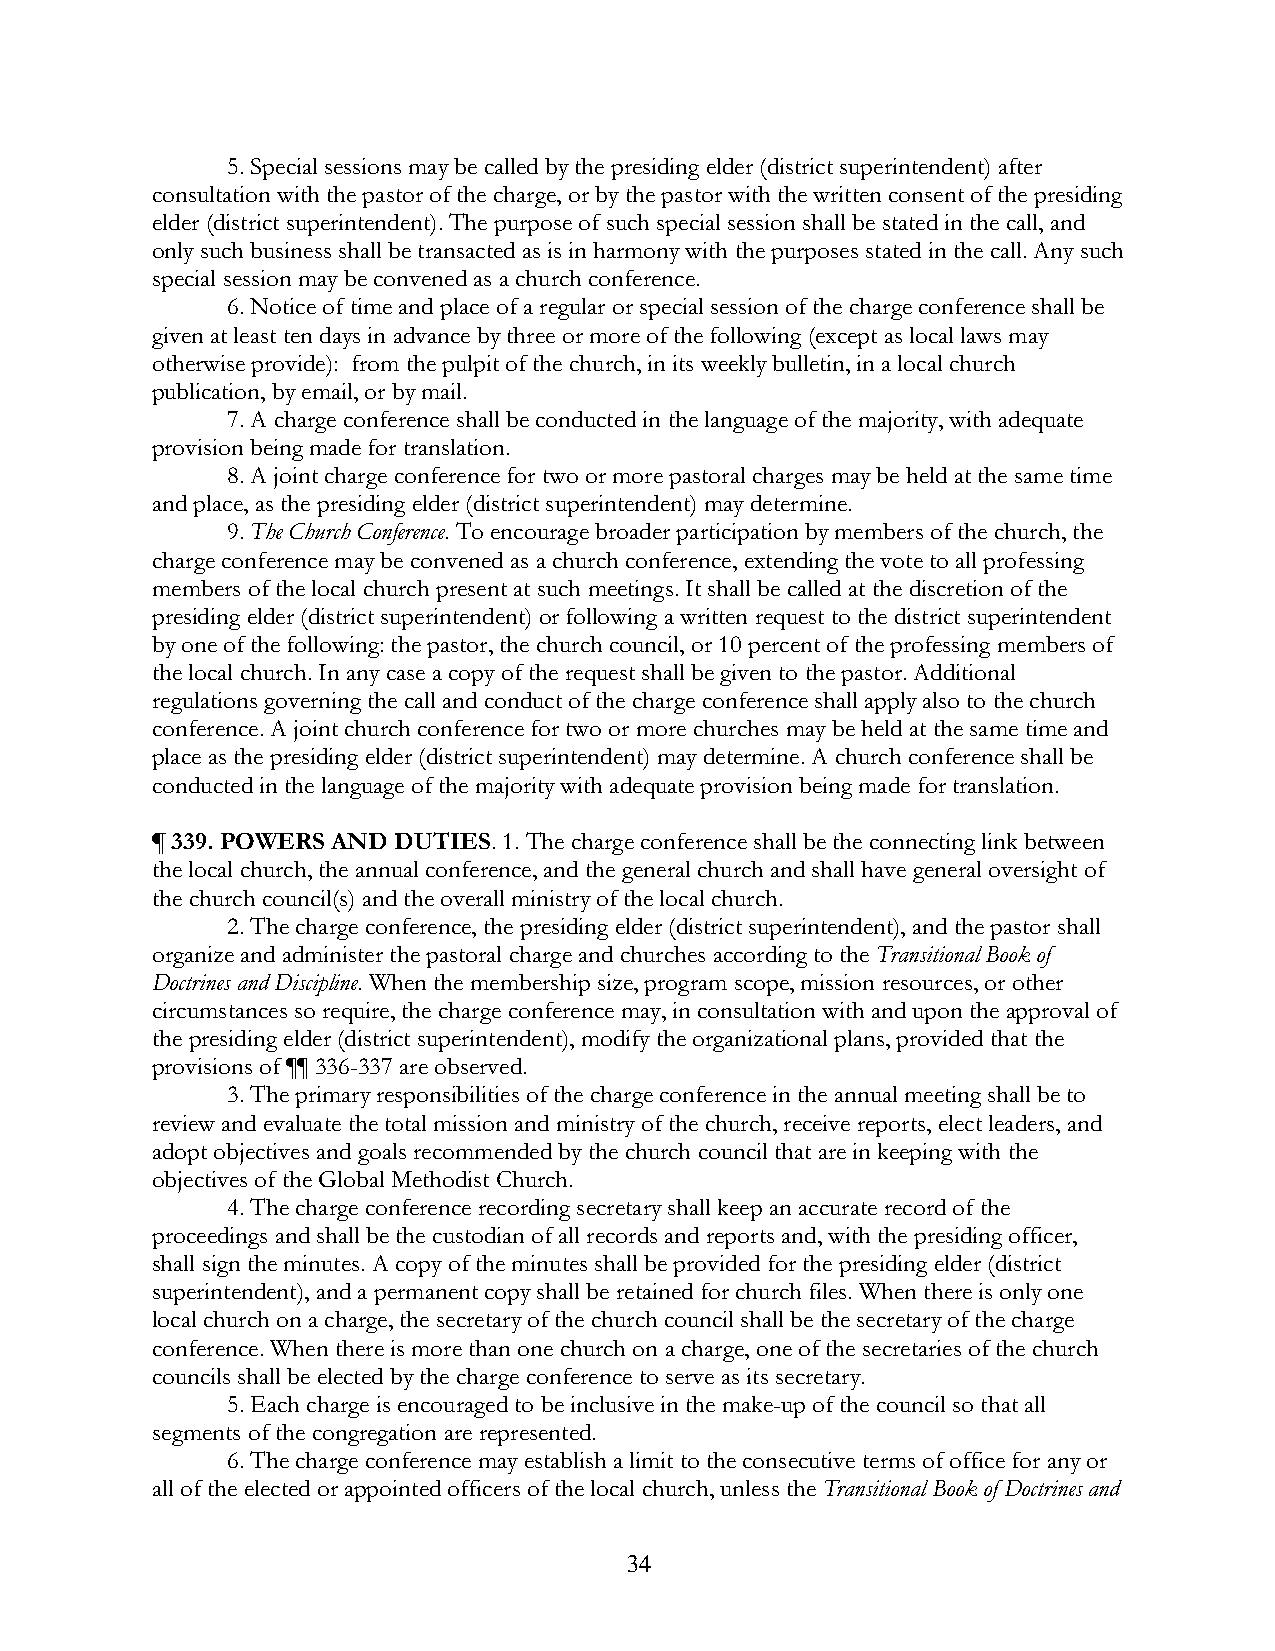
5. Special sessions may be called by the presiding elder (district superintendent) after
 consultation with the pastor of the charge, or by the pastor with the written consent of the presiding
 elder (district superintendent). The purpose of such special session shall be stated in the call, and
 only such business shall be transacted as is in harmony with the purposes stated in the call. Any such
 special session may be convened as a church conference.
 6. Notice of time and place of a regular or special session of the charge conference shall be
 given at least ten days in advance by three or more of the following (except as local laws may
 otherwise provide): from the pulpit of the church, in its weekly bulletin, in a local church
 publication, by email, or by mail.
 7. A charge conference shall be conducted in the language of the majority, with adequate
 provision being made for translation.
 8. A joint charge conference for two or more pastoral charges may be held at the same time
 and place, as the presiding elder (district superintendent) may determine.
 9. The Church Conference. To encourage broader participation by members of the church, the
 charge conference may be convened as a church conference, extending the vote to all professing
 members of the local church present at such meetings. It shall be called at the discretion of the
 presiding elder (district superintendent) or following a written request to the district superintendent
 by one of the following: the pastor, the church council, or 10 percent of the professing members of
 the local church. In any case a copy of the request shall be given to the pastor. Additional
 regulations governing the call and conduct of the charge conference shall apply also to the church
 conference. A joint church conference for two or more churches may be held at the same time and
 place as the presiding elder (district superintendent) may determine. A church conference shall be
 conducted in the language of the majority with adequate provision being made for translation.
 ¶ 339. POWERS AND DUTIES. 1. The charge conference shall be the connecting link between
 the local church, the annual conference, and the general church and shall have general oversight of
 the church council(s) and the overall ministry of the local church.
 2. The charge conference, the presiding elder (district superintendent), and the pastor shall
 organize and administer the pastoral charge and churches according to the Transitional Book of
 Doctrines and Discipline. When the membership size, program scope, mission resources, or other
 circumstances so require, the charge conference may, in consultation with and upon the approval of
 the presiding elder (district superintendent), modify the organizational plans, provided that the
 provisions of ¶¶ 336-337 are observed.
 3. The primary responsibilities of the charge conference in the annual meeting shall be to
 review and evaluate the total mission and ministry of the church, receive reports, elect leaders, and
 adopt objectives and goals recommended by the church council that are in keeping with the
 objectives of the Global Methodist Church.
 4. The charge conference recording secretary shall keep an accurate record of the
 proceedings and shall be the custodian of all records and reports and, with the presiding officer,
 shall sign the minutes. A copy of the minutes shall be provided for the presiding elder (district
 superintendent), and a permanent copy shall be retained for church files. When there is only one
 local church on a charge, the secretary of the church council shall be the secretary of the charge
 conference. When there is more than one church on a charge, one of the secretaries of the church
 councils shall be elected by the charge conference to serve as its secretary.
 5. Each charge is encouraged to be inclusive in the make-up of the council so that all
 segments of the congregation are represented.
 6. The charge conference may establish a limit to the consecutive terms of office for any or
 all of the elected or appointed officers of the local church, unless the Transitional Book of Doctrines and
 34